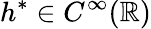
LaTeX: h^{\ast}\in C^{\infty}(\mathbb{R})